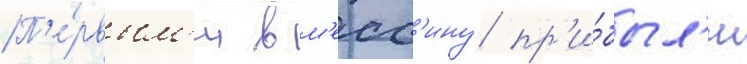
П'е́рвым'и в м'есс'ину пр'и́был'и